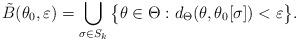
LaTeX: \begin{align*}\tilde{B}(\theta_0,\varepsilon) = \bigcup_{\sigma\in S_k} \big\{\theta\in\Theta : d_\Theta(\theta,\theta_0[\sigma]) < \varepsilon\big\}.\end{align*}